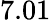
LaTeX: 7.01